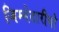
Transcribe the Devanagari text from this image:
जिम्मेदारीयो